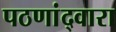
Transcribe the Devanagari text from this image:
पठणांद्वारा